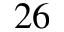
2 6